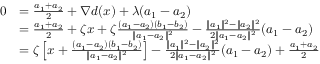
\begin{array} { r l } { 0 } & { = \frac { a _ { 1 } + a _ { 2 } } { 2 } + \nabla d ( x ) + \lambda ( a _ { 1 } - a _ { 2 } ) } \\ & { = \frac { a _ { 1 } + a _ { 2 } } { 2 } + \zeta x + \zeta \frac { ( a _ { 1 } - a _ { 2 } ) ( b _ { 1 } - b _ { 2 } ) } { \| a _ { 1 } - a _ { 2 } \| ^ { 2 } } - \frac { \| a _ { 1 } \| ^ { 2 } - \| a _ { 2 } \| ^ { 2 } } { 2 \| a _ { 1 } - a _ { 2 } \| ^ { 2 } } ( a _ { 1 } - a _ { 2 } ) } \\ & { = \zeta \left[ x + \frac { ( a _ { 1 } - a _ { 2 } ) ( b _ { 1 } - b _ { 2 } ) } { \| a _ { 1 } - a _ { 2 } \| ^ { 2 } } \right] - \frac { \| a _ { 1 } \| ^ { 2 } - \| a _ { 2 } \| ^ { 2 } } { 2 \| a _ { 1 } - a _ { 2 } \| ^ { 2 } } ( a _ { 1 } - a _ { 2 } ) + \frac { a _ { 1 } + a _ { 2 } } { 2 } } \end{array}